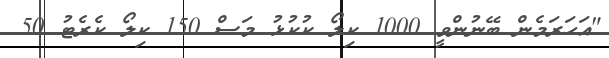
"އަހަަރަމެން ބޭނުންވީ 1000 ކިލޯ ކުކުޅު މަސް 150 ކިލޯ ކެރެޓު 50